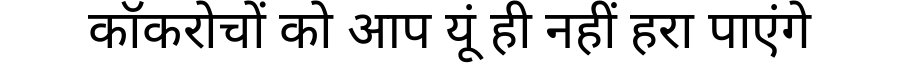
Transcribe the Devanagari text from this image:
कॉकरोचों को आप यूं ही नहीं हरा पाएंगे